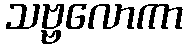
သဗ္ဗလောကာ